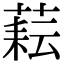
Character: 𦶮